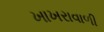
ખાખરાવાળી